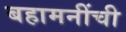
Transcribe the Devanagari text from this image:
बहामनींची